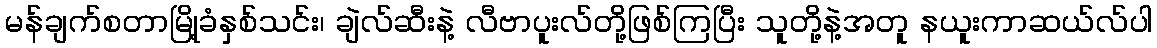
မန်ချက်စတာမြို့ခံနှစ်သင်း၊ ချဲလ်ဆီးနဲ့ လီဗာပူးလ်တို့ဖြစ်ကြပြီး သူတို့နဲ့အတူ နယူးကာဆယ်လ်ပါ